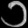
Digit: ၁